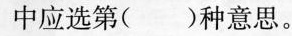
中应选第( )种意思。